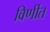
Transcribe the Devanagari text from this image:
विर्णीत